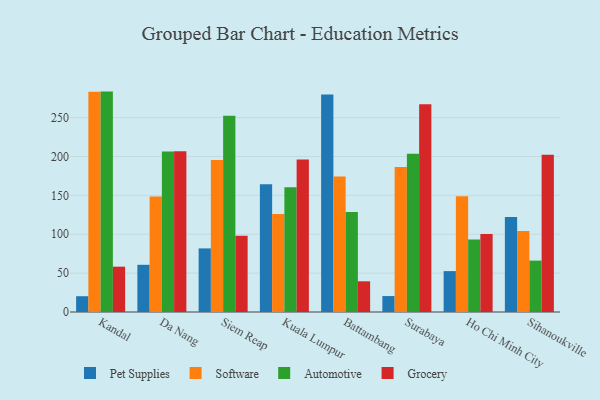
{"axis": {"x": "City", "y": "Headcount"}, "legend": ["Automotive", "Grocery", "Pet Supplies", "Software"], "data": [{"x": "Kandal", "y": 20.3, "type": "Pet Supplies"}, {"x": "Kandal", "y": 283.3, "type": "Software"}, {"x": "Kandal", "y": 283.5, "type": "Automotive"}, {"x": "Kandal", "y": 58.3, "type": "Grocery"}, {"x": "Da Nang", "y": 60.7, "type": "Pet Supplies"}, {"x": "Da Nang", "y": 148.7, "type": "Software"}, {"x": "Da Nang", "y": 206.6, "type": "Automotive"}, {"x": "Da Nang", "y": 206.7, "type": "Grocery"}, {"x": "Siem Reap", "y": 81.8, "type": "Pet Supplies"}, {"x": "Siem Reap", "y": 195.6, "type": "Software"}, {"x": "Siem Reap", "y": 252.3, "type": "Automotive"}, {"x": "Siem Reap", "y": 98.0, "type": "Grocery"}, {"x": "Kuala Lumpur", "y": 164.3, "type": "Pet Supplies"}, {"x": "Kuala Lumpur", "y": 126.2, "type": "Software"}, {"x": "Kuala Lumpur", "y": 160.6, "type": "Automotive"}, {"x": "Kuala Lumpur", "y": 196.3, "type": "Grocery"}, {"x": "Battambang", "y": 279.7, "type": "Pet Supplies"}, {"x": "Battambang", "y": 174.2, "type": "Software"}, {"x": "Battambang", "y": 128.5, "type": "Automotive"}, {"x": "Battambang", "y": 39.5, "type": "Grocery"}, {"x": "Surabaya", "y": 20.5, "type": "Pet Supplies"}, {"x": "Surabaya", "y": 186.6, "type": "Software"}, {"x": "Surabaya", "y": 203.5, "type": "Automotive"}, {"x": "Surabaya", "y": 267.1, "type": "Grocery"}, {"x": "Ho Chi Minh City", "y": 52.6, "type": "Pet Supplies"}, {"x": "Ho Chi Minh City", "y": 148.8, "type": "Software"}, {"x": "Ho Chi Minh City", "y": 93.3, "type": "Automotive"}, {"x": "Ho Chi Minh City", "y": 100.2, "type": "Grocery"}, {"x": "Sihanoukville", "y": 122.1, "type": "Pet Supplies"}, {"x": "Sihanoukville", "y": 104.2, "type": "Software"}, {"x": "Sihanoukville", "y": 66.1, "type": "Automotive"}, {"x": "Sihanoukville", "y": 202.2, "type": "Grocery"}]}